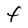
Character: F